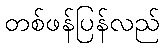
တစ်ဖန်ပြန်လည်